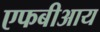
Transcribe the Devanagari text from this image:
एफबीआय